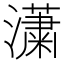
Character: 𤂣